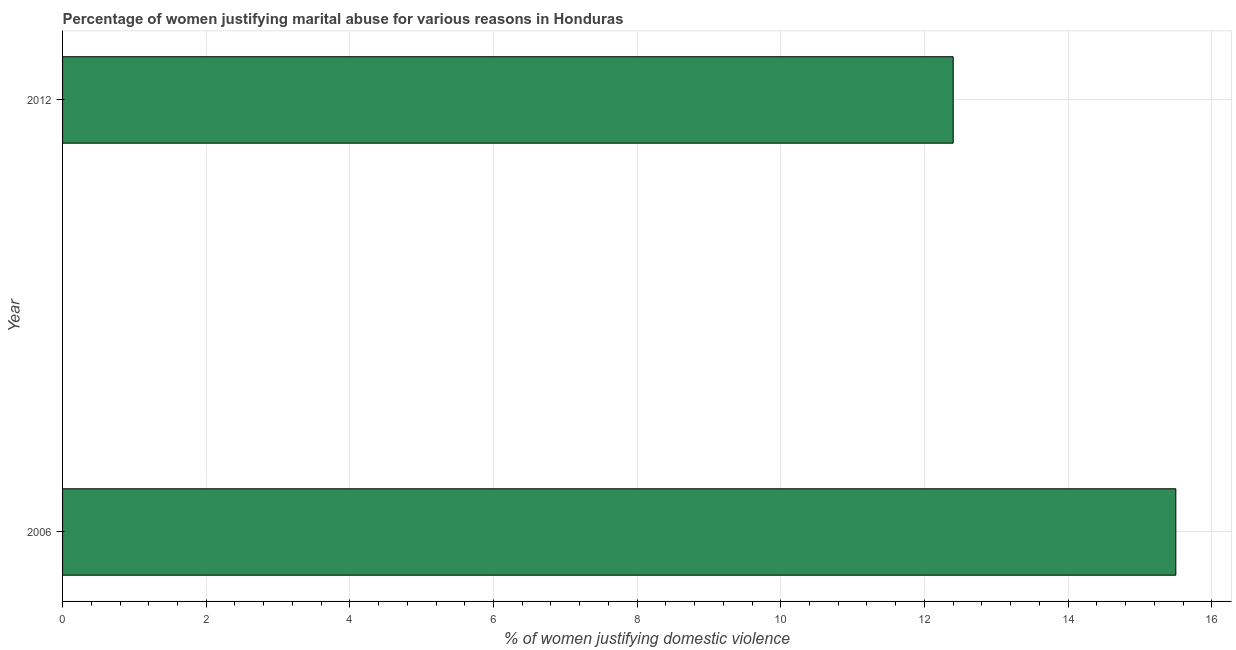
| Year | Physical abuse |
 | --- | --- |
 | 2006 | 15.5 |
 | 2012 | 12.4 |